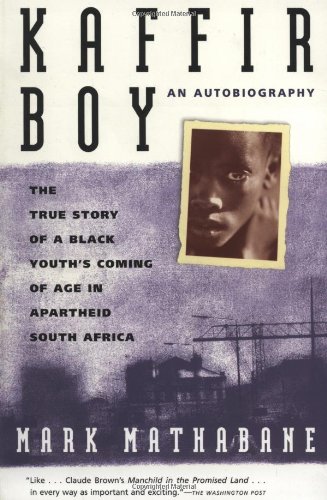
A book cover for Kaffir Boy: An Autobiography--The True Story of a Black Youth's Coming of Age in Apartheid South Africa; Mark Mathabane; Biographies & Memoirs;